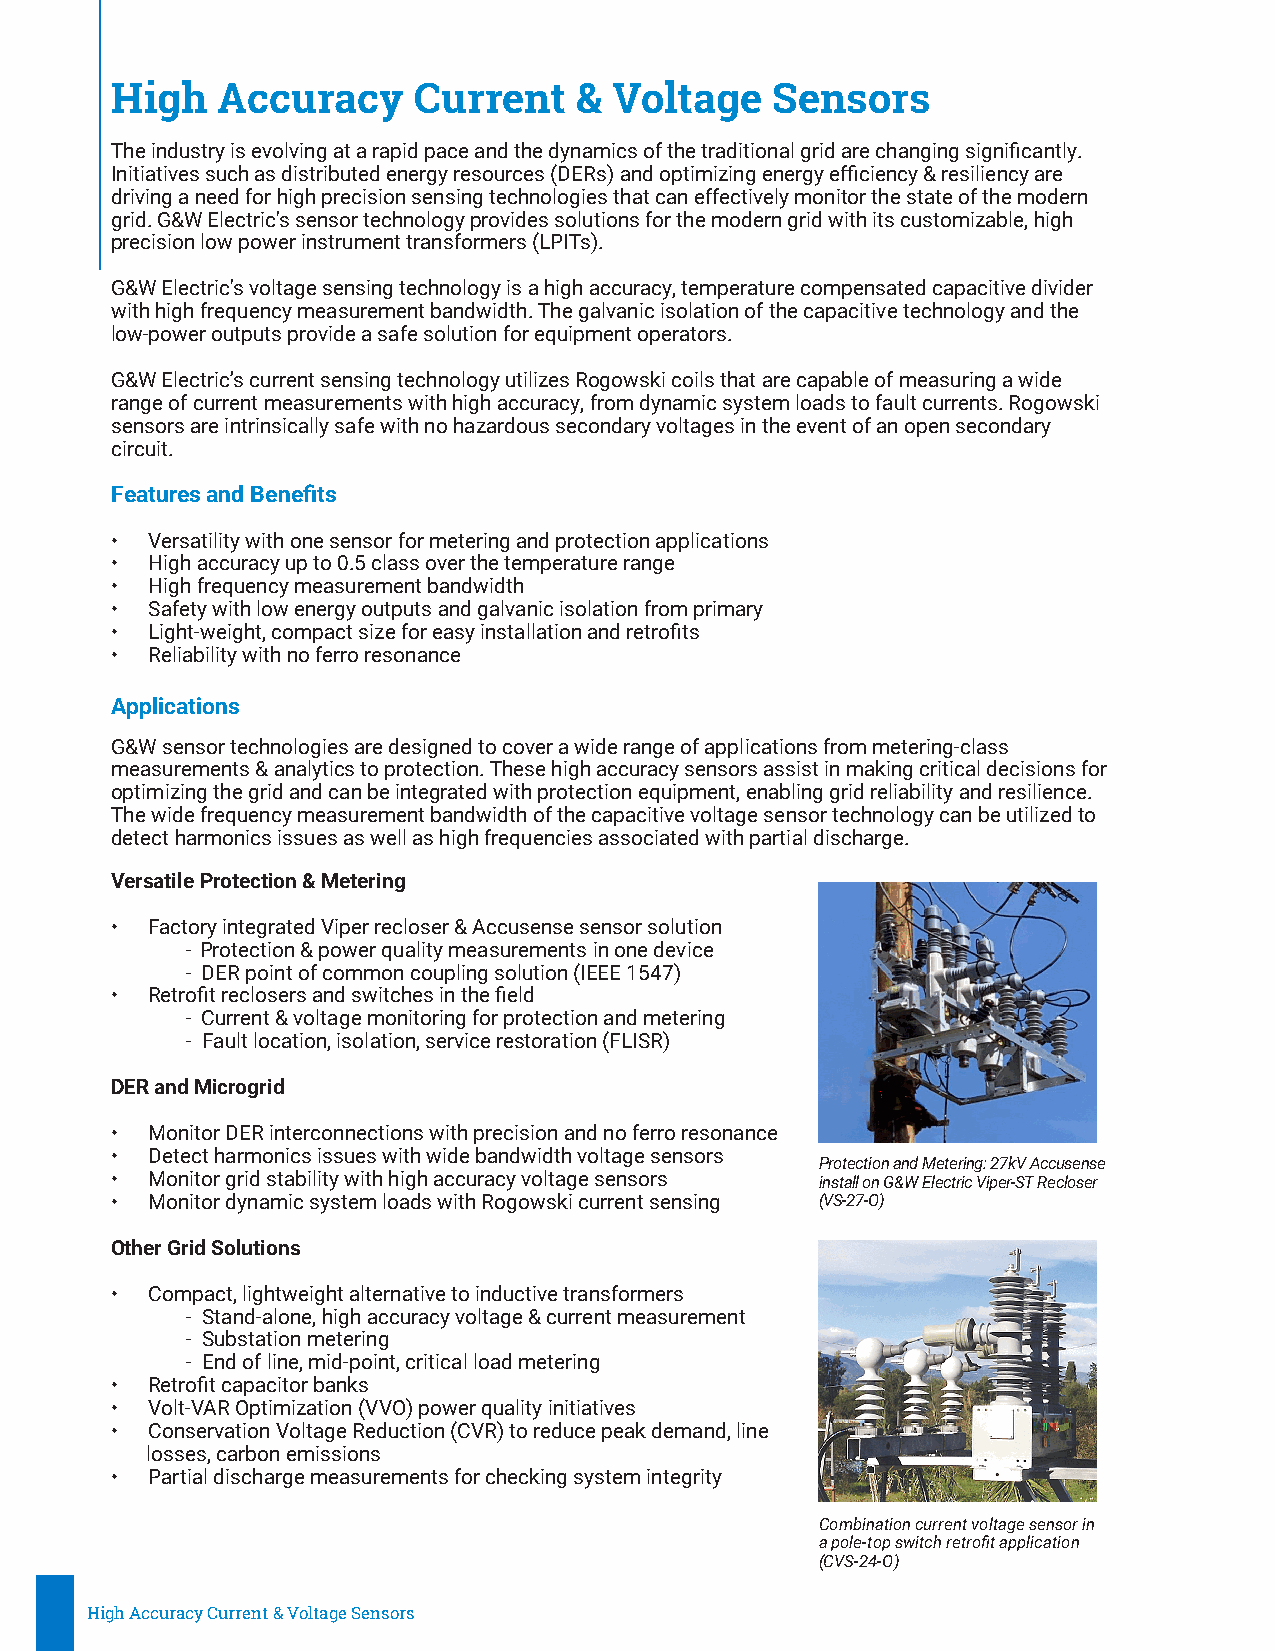
High   Accuracy     Current    &  Voltage   Sensors
 The industry is evolving at a rapid pace and the dynamics of the traditional grid are changing significantly.
 Initiatives such as distributed energy resources (DERs) and optimizing energy efficiency & resiliency are
 driving a need for high precision sensing technologies that can effectively monitor the state of the modern
 grid. G&W Electric's sensor technology provides solutions for the modern grid with its customizable, high
 precision low power instrument transformers (LPITs).
 G&W Electric's voltage sensing technology is a high accuracy, temperature compensated capacitive divider
 with high frequency measurement bandwidth. The galvanic isolation of the capacitive technology and the
 low-power outputs provide a safe solution for equipment operators.
 G&W Electric’s current sensing technology utilizes Rogowski coils that are capable of measuring a wide
 range of current measurements with high accuracy, from dynamic system loads to fault currents. Rogowski
 sensors are intrinsically safe with no hazardous secondary voltages in the event of an open secondary
 circuit.
 Features and Benefits
 •  Versatility with one sensor for metering and protection applications
 •  High accuracy up to 0.5 class over the temperature range
 •  High frequency measurement bandwidth
 •  Safety with low energy outputs and galvanic isolation from primary
 •  Light-weight, compact size for easy installation and retrofits
 •  Reliability with no ferro resonance
 Applications
 G&W sensor technologies are designed to cover a wide range of applications from metering-class
 measurements & analytics to protection. These high accuracy sensors assist in making critical decisions for
 optimizing the grid and can be integrated with protection equipment, enabling grid reliability and resilience.
 The wide frequency measurement bandwidth of the capacitive voltage sensor technology can be utilized to
 detect harmonics issues as well as high frequencies associated with partial discharge.
 Versatile Protection & Metering
 •  Factory integrated Viper recloser & Accusense sensor solution
 - Protection & power quality measurements in one device
 - DER point of common coupling solution (IEEE 1547)
 •  Retrofit reclosers and switches in the field
 - Current & voltage monitoring for protection and metering
 - Fault location, isolation, service restoration (FLISR)
 DER and Microgrid
 •  Monitor DER interconnections with precision and no ferro resonance
 •  Detect harmonics issues with wide bandwidth voltage sensors
 Protection and Metering: 27kV Accusense
 •  Monitor grid stability with high accuracy voltage sensors install on G&W Electric Viper-ST Recloser
 •  Monitor dynamic system loads with Rogowski current sensing (VS-27-O)
 Other Grid Solutions
 •  Compact, lightweight alternative to inductive transformers
 - Stand-alone, high accuracy voltage & current measurement
 - Substation metering
 - End of line, mid-point, critical load metering
 •  Retrofit capacitor banks
 •  Volt-VAR Optimization (VVO) power quality initiatives
 •  Conservation Voltage Reduction (CVR) to reduce peak demand, line
 losses, carbon emissions
 •  Partial discharge measurements for checking system integrity
 Combination current voltage sensor in
 a pole-top switch retrofit application
 (CVS-24-O)
 High Accuracy Current & Voltage Sensors